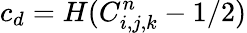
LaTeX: c_{d}=H(C_{i,j,k}^{n}-1/2)